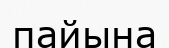
пайына